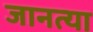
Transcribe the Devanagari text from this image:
जानत्या